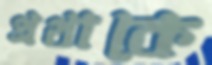
প্রথাকে